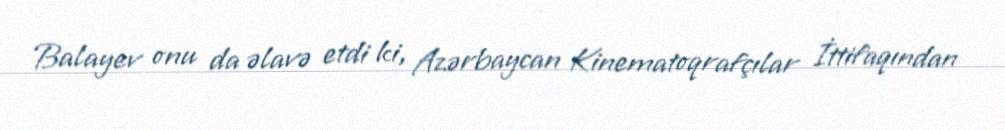
Balayev onu da əlavə etdi ki, Azərbaycan Kinematoqrafçılar İttifaqından